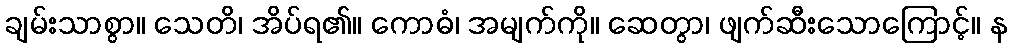
ချမ်းသာစွာ။ သေတိ၊ အိပ်ရ၏။ ကောဓံ၊ အမျက်ကို။ ဆေတွာ၊ ဖျက်ဆီးသောကြောင့်။ န